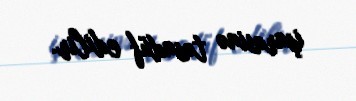
işarəsinə təsadüf edilir.